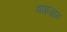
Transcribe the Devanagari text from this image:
वाइज़ाग